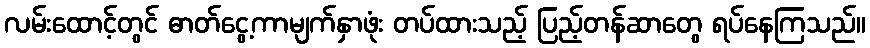
လမ်းထောင့်တွင် ဓာတ်ငွေ့ကာမျက်နှာဖုံး တပ်ထားသည့် ပြည့်တန်ဆာတွေ ရပ်နေကြသည်။